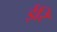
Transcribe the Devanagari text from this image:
ईरि